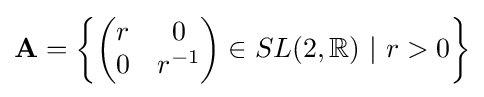
\mathbf {A} =\left\{{\begin{pmatrix}r&0\\0&r^{-1}\end{pmatrix}}\in SL(2,\mathbb {R} )\ |\ r>0\right\}